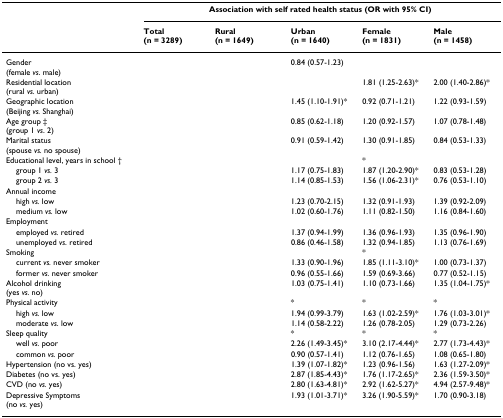
<table><thead><tr><td>[EMPTY_CELL]</td><td colspan="5"><b>Association with self rated health status (OR with 95% CI)</b></td></tr><tr><td>[EMPTY_CELL]</td><td><b>Total(n = 3289)</b></td><td><b>Rural(n = 1649)</b></td><td><b>Urban(n = 1640)</b></td><td><b>Female(n = 1831)</b></td><td><b>Male(n = 1458)</b></td></tr></thead><tbody><tr><td>Gender(female <i>vs</i>. male)</td><td>[EMPTY_CELL]</td><td>[EMPTY_CELL]</td><td>0.84 (0.57-1.23)</td><td>[EMPTY_CELL]</td><td>[EMPTY_CELL]</td></tr><tr><td>Residential location(rural <i>vs. </i>urban)</td><td>[EMPTY_CELL]</td><td>[EMPTY_CELL]</td><td>[EMPTY_CELL]</td><td>1.81 (1.25-2.63)*</td><td>2.00 (1.40-2.86)*</td></tr><tr><td>Geographic location(Beijing <i>vs. </i>Shanghai)</td><td>[EMPTY_CELL]</td><td>[EMPTY_CELL]</td><td>1.45 (1.10-1.91)*</td><td>0.92 (0.71-1.21)</td><td>1.22 (0.93-1.59)</td></tr><tr><td>Age group ‡(group 1 <i>vs</i>. 2)</td><td>[EMPTY_CELL]</td><td>[EMPTY_CELL]</td><td>0.85 (0.62-1.18)</td><td>1.20 (0.92-1.57)</td><td>1.07 (0.78-1.48)</td></tr><tr><td>Marital status(spouse <i>vs. </i>no spouse)</td><td>[EMPTY_CELL]</td><td>[EMPTY_CELL]</td><td>0.91 (0.59-1.42)</td><td>1.30 (0.91-1.85)</td><td>0.84 (0.53-1.33)</td></tr><tr><td>Educational level, years in school †</td><td>[EMPTY_CELL]</td><td>[EMPTY_CELL]</td><td>[EMPTY_CELL]</td><td>*</td><td>[EMPTY_CELL]</td></tr><tr><td> group 1 <i>vs. </i>3</td><td>[EMPTY_CELL]</td><td>[EMPTY_CELL]</td><td>1.17 (0.75-1.83)</td><td>1.87 (1.20-2.90)*</td><td>0.83 (0.53-1.28)</td></tr><tr><td> group 2 <i>vs. </i>3</td><td>[EMPTY_CELL]</td><td>[EMPTY_CELL]</td><td>1.14 (0.85-1.53)</td><td>1.56 (1.06-2.31)*</td><td>0.76 (0.53-1.10)</td></tr><tr><td>Annual income</td><td>[EMPTY_CELL]</td><td>[EMPTY_CELL]</td><td>[EMPTY_CELL]</td><td>[EMPTY_CELL]</td><td>[EMPTY_CELL]</td></tr><tr><td> high <i>vs. </i>low</td><td>[EMPTY_CELL]</td><td>[EMPTY_CELL]</td><td>1.23 (0.70-2.15)</td><td>1.32 (0.91-1.93)</td><td>1.39 (0.92-2.09)</td></tr><tr><td> medium <i>vs. </i>low</td><td>[EMPTY_CELL]</td><td>[EMPTY_CELL]</td><td>1.02 (0.60-1.76)</td><td>1.11 (0.82-1.50)</td><td>1.16 (0.84-1.60)</td></tr><tr><td>Employment</td><td>[EMPTY_CELL]</td><td>[EMPTY_CELL]</td><td>[EMPTY_CELL]</td><td>[EMPTY_CELL]</td><td>[EMPTY_CELL]</td></tr><tr><td> employed <i>vs. </i>retired</td><td>[EMPTY_CELL]</td><td>[EMPTY_CELL]</td><td>1.37 (0.94-1.99)</td><td>1.36 (0.96-1.93)</td><td>1.35 (0.96-1.90)</td></tr><tr><td> unemployed <i>vs</i>. retired</td><td>[EMPTY_CELL]</td><td>[EMPTY_CELL]</td><td>0.86 (0.46-1.58)</td><td>1.32 (0.94-1.85)</td><td>1.13 (0.76-1.69)</td></tr><tr><td>Smoking</td><td>[EMPTY_CELL]</td><td>[EMPTY_CELL]</td><td>[EMPTY_CELL]</td><td>*</td><td>[EMPTY_CELL]</td></tr><tr><td> current <i>vs. </i>never smoker</td><td>[EMPTY_CELL]</td><td>[EMPTY_CELL]</td><td>1.33 (0.90-1.96)</td><td>1.85 (1.11-3.10)*</td><td>1.00 (0.73-1.37)</td></tr><tr><td> former <i>vs. </i>never smoker</td><td>[EMPTY_CELL]</td><td>[EMPTY_CELL]</td><td>0.96 (0.55-1.66)</td><td>1.59 (0.69-3.66)</td><td>0.77 (0.52-1.15)</td></tr><tr><td>Alcohol drinking(yes <i>vs. </i>no)</td><td>[EMPTY_CELL]</td><td>[EMPTY_CELL]</td><td>1.03 (0.75-1.41)</td><td>1.10 (0.73-1.66)</td><td>1.35 (1.04-1.75)*</td></tr><tr><td>Physical activity</td><td>[EMPTY_CELL]</td><td>[EMPTY_CELL]</td><td>*</td><td>*</td><td>*</td></tr><tr><td> high <i>vs. </i>low</td><td>[EMPTY_CELL]</td><td>[EMPTY_CELL]</td><td>1.94 (0.99-3.79)</td><td>1.63 (1.02-2.59)*</td><td>1.76 (1.03-3.01)*</td></tr><tr><td> moderate <i>vs</i>. low</td><td>[EMPTY_CELL]</td><td>[EMPTY_CELL]</td><td>1.14 (0.58-2.22)</td><td>1.26 (0.78-2.05)</td><td>1.29 (0.73-2.26)</td></tr><tr><td>Sleep quality</td><td>[EMPTY_CELL]</td><td>[EMPTY_CELL]</td><td>*</td><td>*</td><td>*</td></tr><tr><td> well <i>vs. </i>poor</td><td>[EMPTY_CELL]</td><td>[EMPTY_CELL]</td><td>2.26 (1.49-3.45)*</td><td>3.10 (2.17-4.44)*</td><td>2.77 (1.73-4.43)*</td></tr><tr><td> common <i>vs. </i>poor</td><td>[EMPTY_CELL]</td><td>[EMPTY_CELL]</td><td>0.90 (0.57-1.41)</td><td>1.12 (0.76-1.65)</td><td>1.08 (0.65-1.80)</td></tr><tr><td>Hypertension (no vs. yes)</td><td>[EMPTY_CELL]</td><td>[EMPTY_CELL]</td><td>1.39 (1.07-1.82)*</td><td>1.23 (0.96-1.56)</td><td>1.63 (1.27-2.09)*</td></tr><tr><td>Diabetes (no vs. yes)</td><td>[EMPTY_CELL]</td><td>[EMPTY_CELL]</td><td>2.87 (1.85-4.43)*</td><td>1.76 (1.17-2.65)*</td><td>2.36 (1.59-3.50)*</td></tr><tr><td>CVD (no <i>vs. </i>yes)</td><td>[EMPTY_CELL]</td><td>[EMPTY_CELL]</td><td>2.80 (1.63-4.81)*</td><td>2.92 (1.62-5.27)*</td><td>4.94 (2.57-9.48)*</td></tr><tr><td>Depressive Symptoms(no <i>vs. </i>yes)</td><td>[EMPTY_CELL]</td><td>[EMPTY_CELL]</td><td>1.93 (1.01-3.71)*</td><td>3.26 (1.90-5.59)*</td><td>1.70 (0.90-3.18)</td></tr></tbody></table>